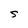
Character: S